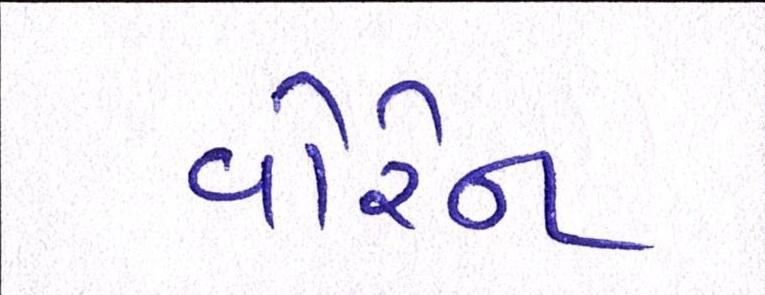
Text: વોરેન